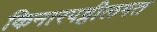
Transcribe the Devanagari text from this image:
किनारपट्टीलगत